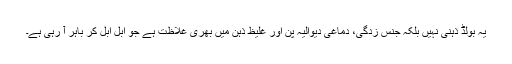
یہ بولڈ ذہنی نہیں بلکہ جنس زدگی، دماغی دیوالیہ پن اور غلیظ ذہن میں بھری غلاظت ہے جو ابل ابل کر باہر آ رہی ہے۔